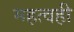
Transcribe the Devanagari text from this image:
महत्वही